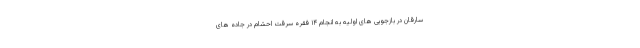
سارقان در بازجویی ‌های اولیه به انجام ۱۴ فقره سرقت احشام در جاده های